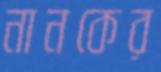
নানকের